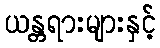
ယန္တရားများနှင့်